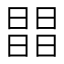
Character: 𣊭